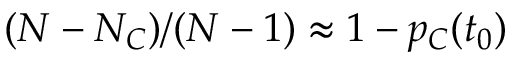
( N - N _ { C } ) / ( N - 1 ) \approx 1 - p _ { C } ( t _ { 0 } )